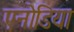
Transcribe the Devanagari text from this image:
एनोडिया